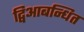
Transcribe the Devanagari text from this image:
द्विआबन्धित